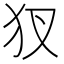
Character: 𤜫